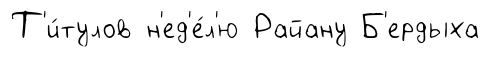
Т'и́тулов н'ед'е́л'ю Райану Б'ердыха